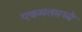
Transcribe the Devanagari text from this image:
एकमतमध्ये